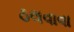
ઠલવાવા